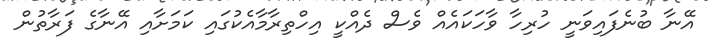
އޭނާ ބުނެފައިވަނީ ހުރިހާ ވާހަކައެއް ވެސް ދެއްކީ އިހްތިރާމާއެކުގައި ކަމަށާއި އޭނާގެ ފަރާތުން